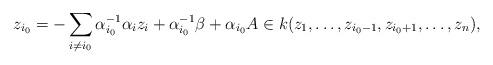
LaTeX: \begin{align*}z_{i_0}=-\sum_{i\neq i_0}\alpha_{i_0}^{-1}\alpha_iz_i+\alpha_{i_0}^{-1}\beta+\alpha_{i_0}A\in k(z_1,\ldots,z_{i_0-1},z_{i_0+1},\ldots,z_n),\end{align*}